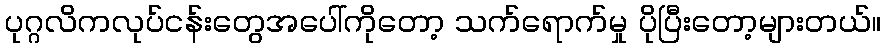
ပုဂ္ဂလိကလုပ်ငန်းတွေအပေါ်ကိုတော့ သက်ရောက်မှု ပိုပြီးတော့များတယ်။